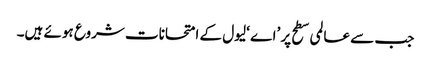
جب سے عالمی سطح پر ’اے ‘لیول کے امتحانات شروع ہوئے ہیں۔